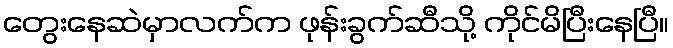
တွေးနေဆဲမှာလက်က ဖုန်းခွက်ဆီသို့ ကိုင်မိပြီးနေပြီ။